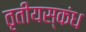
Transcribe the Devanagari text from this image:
तृतीयस्कंध